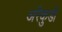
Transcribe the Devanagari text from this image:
अरैकुडी